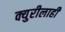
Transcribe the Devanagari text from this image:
क्युरीलाही